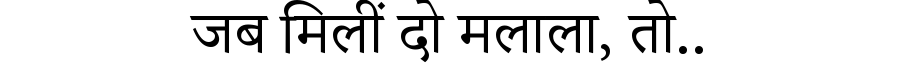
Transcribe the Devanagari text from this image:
जब मिलीं दो मलाला, तो..